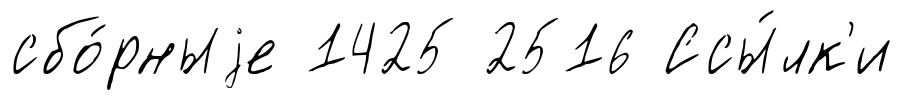
сбо́рныjе 1425 2516 Ссы́лк'и